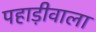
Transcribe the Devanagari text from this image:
पहाड़ीवाला